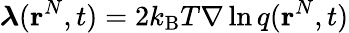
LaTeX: \boldsymbol{\lambda}(\mathbf{r}^{N},t)=2k_{\mathrm{B}}T\nabla\ln q(\mathbf{r}^{N},t)